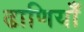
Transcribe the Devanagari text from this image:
ढाणियाँ